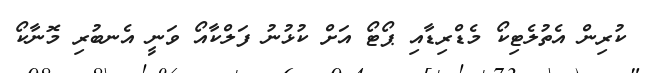
ކުރިން އެތުލެޓިކޯ މެޑްރިޑާއި ޕޯޓޯ އަށް ކުޅުނު ފަލްކާއޯ ވަނީ އެނބުރި މޮނާކޯ